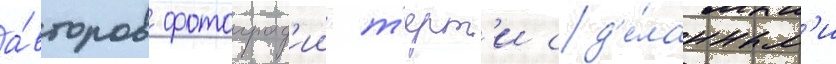
а́второв фотограф'ии т'ерт'и сд'е́ланным'и